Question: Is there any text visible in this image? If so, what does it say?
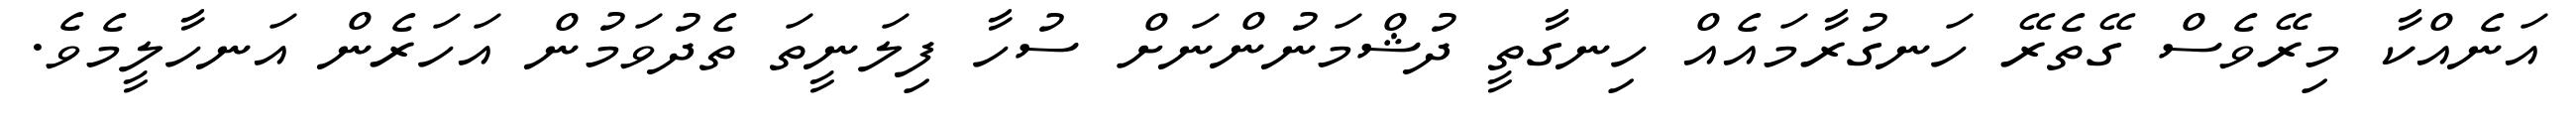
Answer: އަނެއްކާ މިރޭވެސް ގޭތެރޭ ހަނގުރާމައެއް ހިނގާތީ ދުޝްމަނުންނަށް ސުހާ ފިލަނީތަ ތެދުވަމުން އަހަރެން އަނހާލީމެވެ.